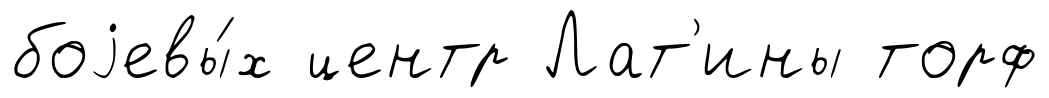
боjевы́х центр Лат'ины торф